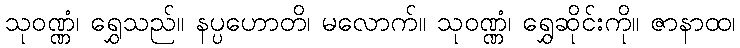
သုဝဏ္ဏံ၊ ရွှေသည်။ နပ္ပဟောတိ၊ မလောက်။ သုဝဏ္ဏံ၊ ရွှေဆိုင်းကို။ ဇာနာထ၊